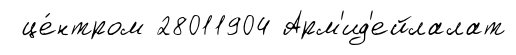
це́нтром 28011904 Арм'ид'ейлалат